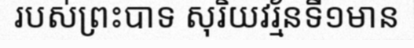
របស់ព្រះបាទ សុរិយវរ្ម័នទី១មាន